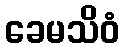
ခေမသိဝံ